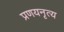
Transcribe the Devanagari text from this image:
प्रणयनृत्य